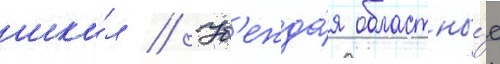
шко́л // Уб'ежда́я областны́е